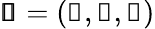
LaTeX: \pmb{\mathscr{u}}=(\mathscr{u},\mathscr{v},\mathscr{w})